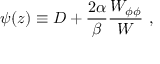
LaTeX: \psi ( z ) \equiv D + { \frac { 2 \alpha } { \beta } } { \frac { W _ { \phi \phi } } { W } } ~ ,